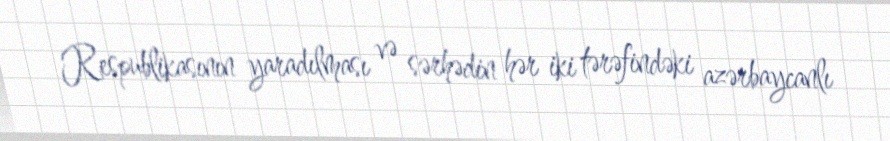
Respublikasının yaradılması və sərhədin hər iki tərəfindəki azərbaycanlı